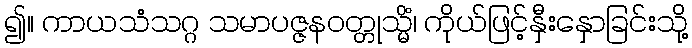
၍။ ကာယသံသဂ္ဂ သမာပဇ္ဇနဝတ္တုသ္မိံ၊ ကိုယ်ဖြင့်နှီးနှောခြင်းသို့